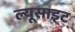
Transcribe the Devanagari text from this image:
ल्यूसाइट